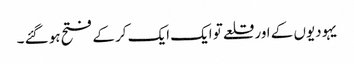
یہودیوں کے اور قلعے تو ایک ایک کر کے فتح ہو گئے ۔